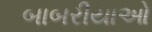
બાબરીયાઓ